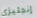
إنجليزي